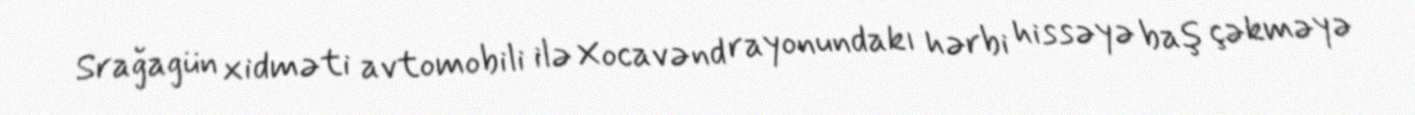
Srağagün xidməti avtomobili ilə Xocavənd rayonundakı hərbi hissəyə baş çəkməyə